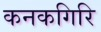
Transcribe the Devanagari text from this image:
कनकगिरि